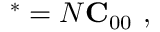
{ \bf \Psi \Psi } ^ { * } = N { \bf C } _ { 0 0 } \mathrm { ~ , ~ }